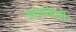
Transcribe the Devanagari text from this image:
आलकेमी